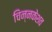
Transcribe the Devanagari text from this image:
चिन्नकेशव